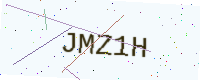
Text: JMZ1H